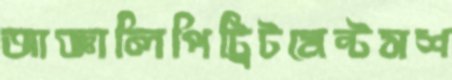
আজ্ঞালিপিট্রিটমেন্টসশ